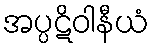
အပ္ပဋိဝါနီယံ